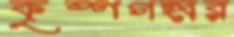
কৃষ্ণগহ্বর